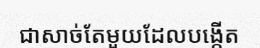
ជាសាច់តែមួយដែលបង្កើត